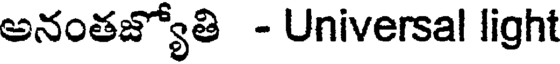
అనంతజ్యోతి - Universal light